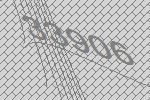
33906